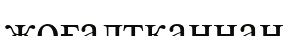
жоғалтқаннан